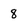
Character: 8